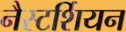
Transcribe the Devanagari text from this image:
नैस्टर्शियन